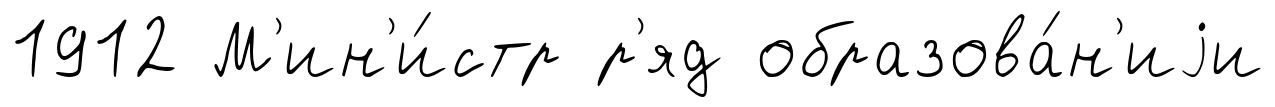
1912 М'ин'и́стр р'яд образова́н'иjи